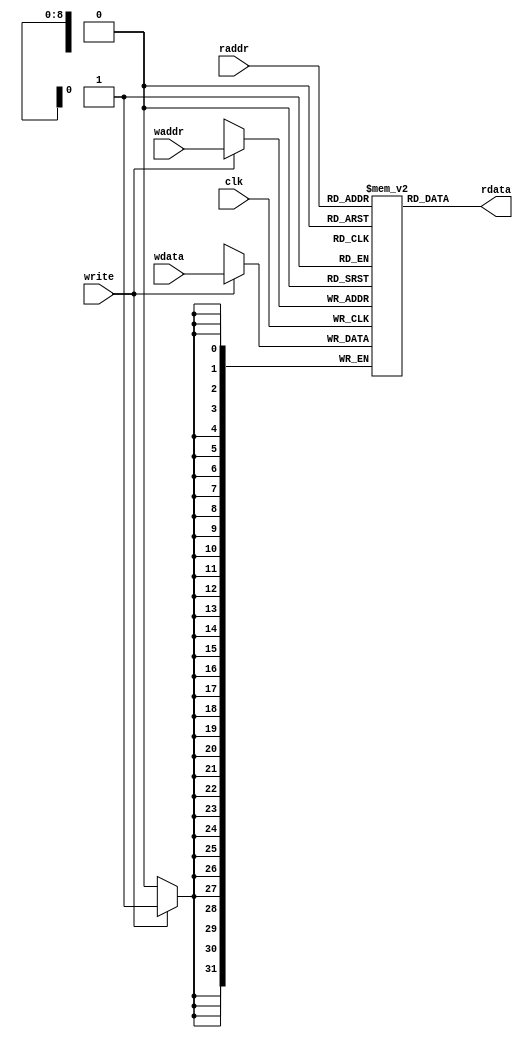
////////////////////////////////////////////////////////////////////////
// Copyright Ettus Research LLC
////////////////////////////////////////////////////////////////////////

module dram_2port
  #(parameter DWIDTH=32,
    parameter AWIDTH=9)
    (input clk,
     input write,
     input [AWIDTH-1:0] raddr,
     input [AWIDTH-1:0] waddr,
     input [DWIDTH-1:0] wdata,
     output [DWIDTH-1:0] rdata);

    reg [DWIDTH-1:0] ram [(1<<AWIDTH)-1:0];
   integer 	    i;
   initial
     for(i=0;i<(1<<AWIDTH);i=i+1)
       ram[i] <= {DWIDTH{1'b0}};

    assign rdata = ram[raddr];

    always @(posedge clk) begin
        if (write) ram[waddr] <= wdata;
    end

endmodule //dram_2port